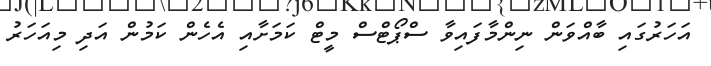
އަހަރުގައި ބާއްވަން ނިންމާފައިވާ ސްޕޯޓްސް މީޓް ކަމަށާއި އެހެން ކަމުން އަދި މިއަހަރު